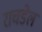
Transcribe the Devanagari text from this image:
राचडेल